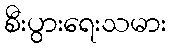
စီးပွားရေးသမား